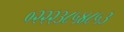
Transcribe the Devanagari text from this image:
०२२२३८५४८५३